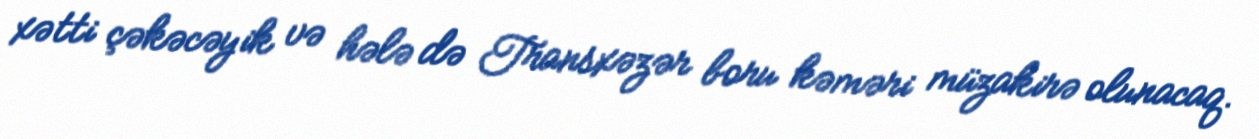
xətti çəkəcəyik və hələ də Transxəzər boru kəməri müzakirə olunacaq.